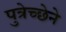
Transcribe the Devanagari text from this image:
पुत्रेच्छेने